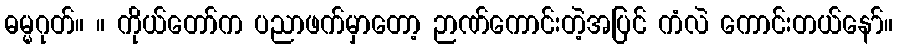
ဓမ္မဂုတ်။ ။ ကိုယ်တော်က ပညာဖက်မှာတော့ ဉာဏ်ကောင်းတဲ့အပြင် ကံလဲ ကောင်းတယ်နော်။